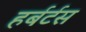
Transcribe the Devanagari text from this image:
हर्बर्टस